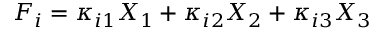
F _ { i } = \kappa _ { i 1 } X _ { 1 } + \kappa _ { i 2 } X _ { 2 } + \kappa _ { i 3 } X _ { 3 }